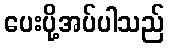
ပေးပို့အပ်ပါသည်